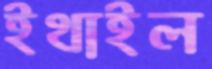
ইথাইল